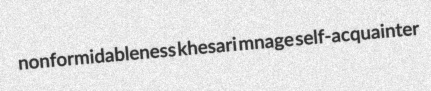
nonformidableness khesari mnage self-acquainter